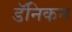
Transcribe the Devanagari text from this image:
डॅनिकन